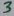
Text: 3